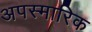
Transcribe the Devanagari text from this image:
अपस्मारिक